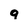
Character: 9